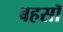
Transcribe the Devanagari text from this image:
बहसॉ